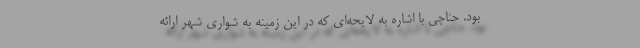
بود. حناچی با اشاره به لایحه‌ای که در این زمینه به شواری شهر ارائه